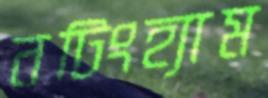
নটিংহ্যাম